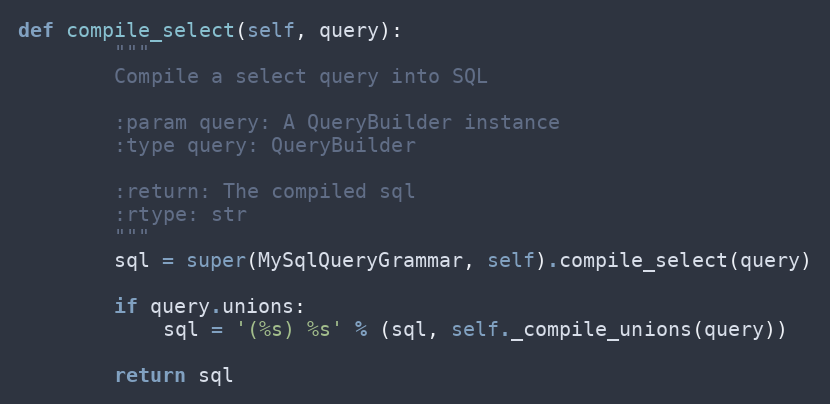
Language: Python
def compile_select(self, query):
        """
        Compile a select query into SQL

        :param query: A QueryBuilder instance
        :type query: QueryBuilder

        :return: The compiled sql
        :rtype: str
        """
        sql = super(MySqlQueryGrammar, self).compile_select(query)

        if query.unions:
            sql = '(%s) %s' % (sql, self._compile_unions(query))

        return sql